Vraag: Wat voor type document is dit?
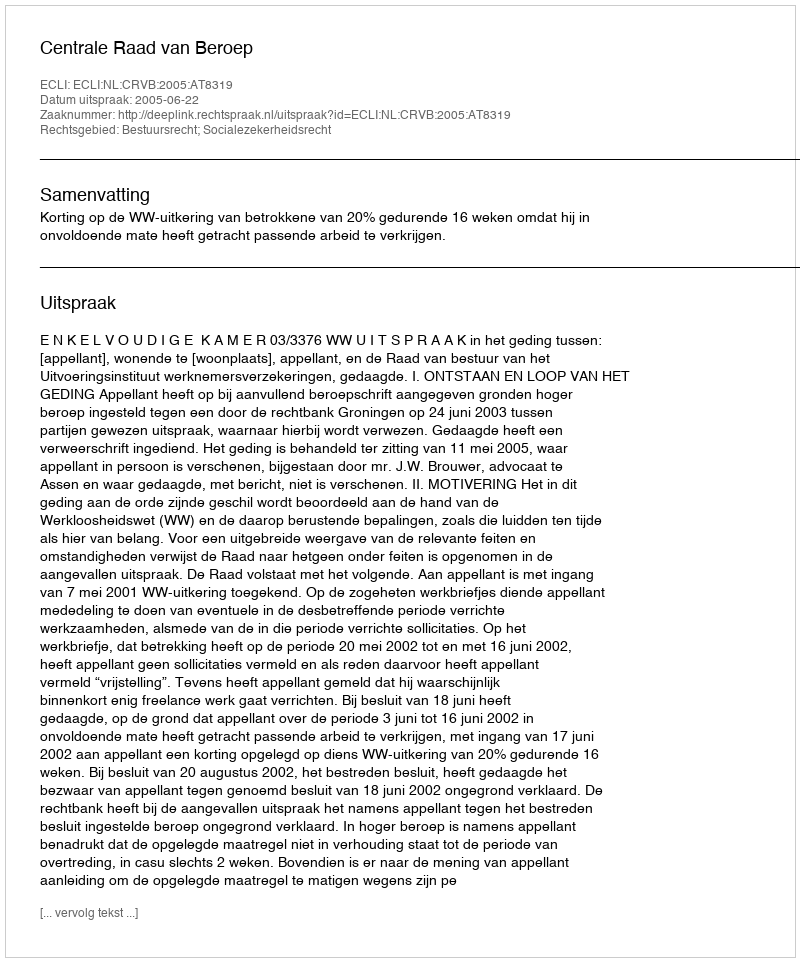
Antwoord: Uitspraak